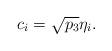
LaTeX: \begin{align*} c_i = \sqrt{p_3}\eta_i. \end{align*}